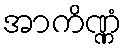
အာကိဏ္ဏံ